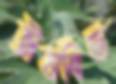
ঈষান্বিত